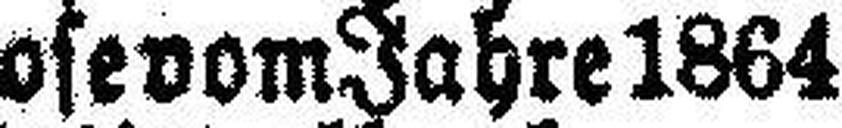
Lose vom Jahre 1864